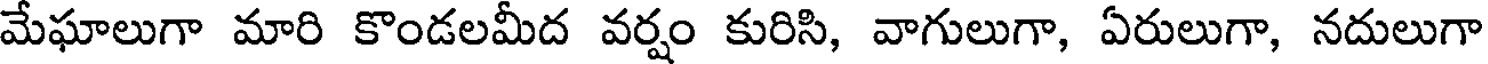
మేఘాలుగా మారి కొండలమీద వర్షం కురిసి, వాగులుగా, ఏరులుగా, నదులుగా